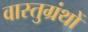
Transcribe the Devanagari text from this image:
वास्तुग्रंथों